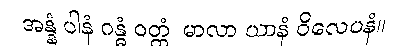
အန္နံ ပါနံ ဂန္ဓံ ဝတ္ထံ၊ မာလာ ယာနံ ဝိလေပနံ။